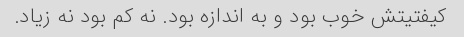
کیفتیتش خوب بود و به اندازه بود. نه کم بود نه زیاد.